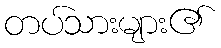
တပ်သားများ၏